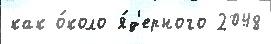
как о́коло я́д'ерного 2048